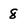
Character: 8